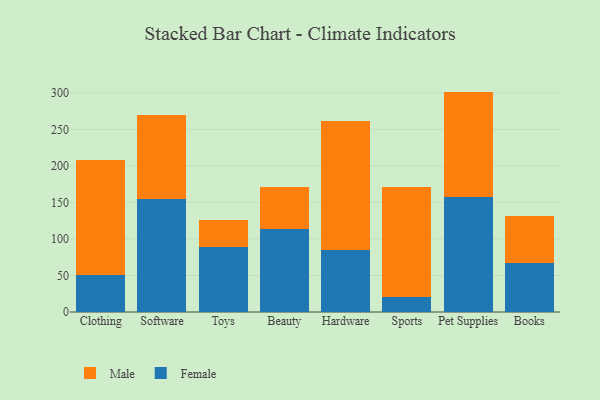
{"axis": {"x": "Category", "y": "Demand Index"}, "legend": ["Female", "Male"], "data": [{"x": "Clothing", "y": 50.6, "type": "Female"}, {"x": "Clothing", "y": 156.9, "type": "Male"}, {"x": "Software", "y": 154.7, "type": "Female"}, {"x": "Software", "y": 115.4, "type": "Male"}, {"x": "Toys", "y": 88.4, "type": "Female"}, {"x": "Toys", "y": 37.0, "type": "Male"}, {"x": "Beauty", "y": 113.0, "type": "Female"}, {"x": "Beauty", "y": 58.0, "type": "Male"}, {"x": "Hardware", "y": 84.3, "type": "Female"}, {"x": "Hardware", "y": 177.4, "type": "Male"}, {"x": "Sports", "y": 20.7, "type": "Female"}, {"x": "Sports", "y": 150.8, "type": "Male"}, {"x": "Pet Supplies", "y": 157.9, "type": "Female"}, {"x": "Pet Supplies", "y": 143.8, "type": "Male"}, {"x": "Books", "y": 67.2, "type": "Female"}, {"x": "Books", "y": 64.1, "type": "Male"}]}